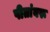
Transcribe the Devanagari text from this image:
पीतांबरू